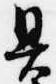
具